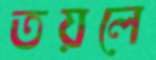
তয়লে